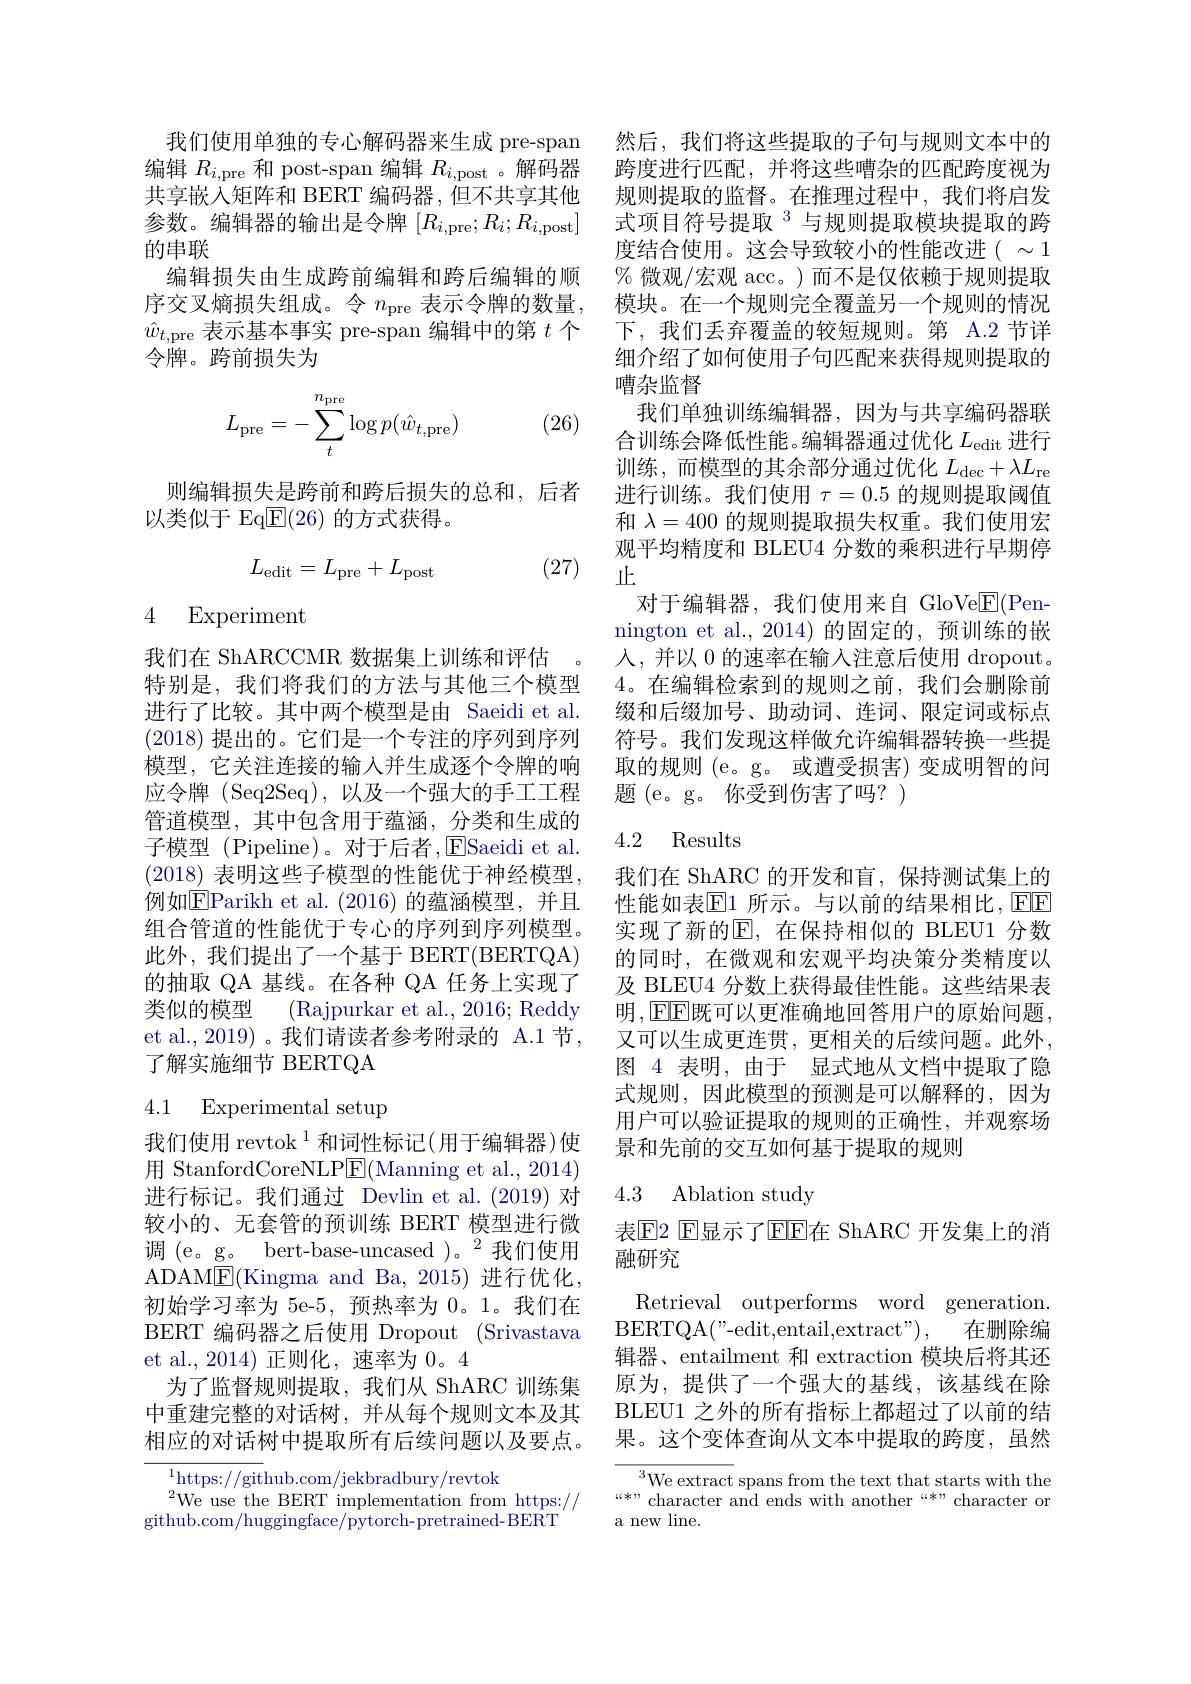
我们使用单独的专心解码器来生成 pre-span 编辑$R_{i,\mathrm{pre}}$和 post-span 编辑$R_i$,post 。解码器共享嵌入矩阵和 BERT 编码器，但不共享其他参数。编辑器的输出是令牌$[ R_i$,pre$; R_i; R_{i, \mathrm{post}}]$ 的串联
编辑损失由生成跨前编辑和跨后编辑的顺序交叉熵损失组成。令$n_\mathrm{pre}$表示令牌的数量， $\hat{w}_{t,\mathrm{pre}}$表示基本事实 pre-span 编辑中的第$t$个令牌。跨前损失为

(26)
$$L_{\text{pre}}=-\sum_t^{n_{\text{pre}}}\log p(\hat{w}_{t,\text{pre}})$$
则编辑损失是跨前和跨后损失的总和，后者
以类似于 Eq$\overline{\mathrm{E}}(26)$的方式获得。
$$L_{\mathrm{edit}}=L_{\mathrm{pre}}+L_{\mathrm{post}}$$
(27)

4 Experiment

我们在 ShARCCMR 数据集上训练和评估
特别是，我们将我们的方法与其他三个模型进行了比较。其中两个模型是由 Saeidi et al. (2018)提出的。它们是一个专注的序列到序列模型，它关注连接的输入并生成逐个令牌的响应令牌 (Seq2Seq),以及一个强大的手工工程管道模型，其中包含用于蕴涵，分类和生成的子模型 (Pipeline)。对于后者，ESaeidi et al. (2018)表明这些子模型的性能优于神经模型， 例如E$Parikh et al. ( 2016) 的 蕴 涵 模 型 , 并 且$ 组合管道的性能优于专心的序列到序列模型。此外，我们提出了一个基于 BERT(BERTQA) 的抽取 QA 基线。在各种 QA 任务上实现了类似的模型 (Rajpurkar et al., 2016; Reddy et al., 2019) 。我们请读者参考附录的 A.1 节， 了解实施细节 BERTQA

# 4.1 Experimental setup

我们使用 revtok $^{1}$和词性标记(用于编辑器)使用 StanfordCoreNLP$\underline{\mathrm{E}}($Manning et al., 2014) 进行标记。我们通过 Devlin et al.(2019)对较小的、无套管的预训练 BERT 模型进行微调 (e。g。bert-base-uncased )。$^2$我们使用ADAME(Kingma and Ba,2015)进行优化， 初始学习率为 5e-5, 预热率为0。1。我们在BERT 编码器之后使用 Dropout (Srivastava et al.,2014)正则化，速率为0。4
为了监督规则提取，我们从 ShARC 训练集中重建完整的对话树，并从每个规则文本及其相应的对话树中提取所有后续问题以及要点。

$^{1}$https://github.com/jekbradbury/revtok
$^{2}$We use the BERT implementation from https://
github.com/huggingface/pytorch- pretrained- BERT

然后，我们将这些提取的子句与规则文本中的跨度进行匹配，并将这些嘈杂的匹配跨度视为规则提取的监督。在推理过程中，我们将启发式项目符号提取$^{3}$与规则提取模块提取的跨度结合使用。这会导致较小的性能改进( $\sim1$ %微观/宏观 acc。)而不是仅依赖于规则提取模块。在一个规则完全覆盖另一个规则的情况下，我们丢弃覆盖的较短规则。第 A.2 节详细介绍了如何使用子句匹配来获得规则提取的嘈杂监督
我们单独训练编辑器，因为与共享编码器联合训练会降低性能。编辑器通过优化$L_\mathrm{edit}$进行训练，而模型的其余部分通过优化$L_\mathrm{dec}+\lambda L_\mathrm{re}$ 进行训练。我们使用$\tau=0.5$的规则提取阈值和$\lambda=400$的规则提取损失权重。我们使用宏观平均精度和 BLEU4 分数的乘积进行早期停止
对于编辑器，我们使用来自 GloVe$\underline{\mathrm{E}}($Pennington et al.,2014)的固定的，预训练的嵌人，并以 0 的速率在输入注意后使用 dropout。4。在编辑检索到的规则之前，我们会删除前缀和后缀加号、助动词、连词、限定词或标点符号。我们发现这样做允许编辑器转换一些提取的规则 (e。g。或遭受损害)变成明智的问题(e。g。你受到伤害了吗？)

### 4.2 Results

我们在 ShARC 的开发和盲，保持测试集上的性能如表$\overline{\mathbb{E}}$1 所示。与以前的结果相比，$\boxed{\mathrm{F}}$F 实现了新的|E|, 在保持相似的 BLEU1 分数的同时，在微观和宏观平均决策分类精度以及 BLEU4 分数上获得最佳性能。这些结果表明，EEE既可以更准确地回答用户的原始问题， 又可以生成更连贯，更相关的后续问题。此外， 图 4 表明，由于 显式地从文档中提取了隐式规则，因此模型的预测是可以解释的，因为用户可以验证提取的规则的正确性，并观察场景和先前的交互如何基于提取的规则

# 4.3 Ablation study

表$\mathbb{E}$2 E显示了EEE在 ShARC 开发集上的消
融研究

Retrieval outperforms word generation. BERTQA( " - edit, entail, extract" ) , 在删除编辑器、entailment 和 extraction 模块后将其还原为，提供了一个强大的基线，该基线在除BLEU1 之外的所有指标上都超过了以前的结果。这个变体查询从文本中提取的跨度，虽然

$^{3}$We extract spans from the text that starts with the $“*”$character and ends with another “*”character or a new line.